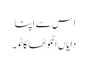
اس سے اپنا
دایاں انگوٹھا کاٹو ۔